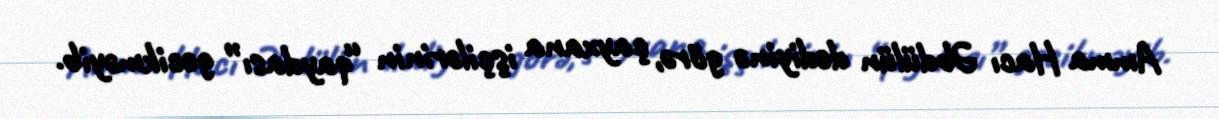
Amma Hacı Əbdülün dediyinə görə, çayxana işçilərinin “qaydası” gecikməyib.